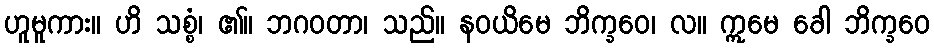
ဟူမူကား။ ဟိ သစ္စံ၊ ၏။ ဘဂဝတာ၊ သည်။ နဝယိမေ ဘိက္ခဝေ၊ လ။ ဣမေ ခေါ ဘိက္ခဝေ